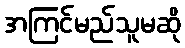
အကြင်မည်သူမဆို